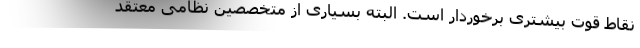
نقاط قوت بیشتری برخوردار است. البته بسیاری از متخصصین نظامی معتقد